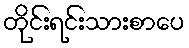
တိုင်းရင်းသားစာပေ